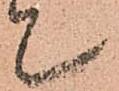
て